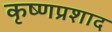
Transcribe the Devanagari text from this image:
कृष्णप्रशाद